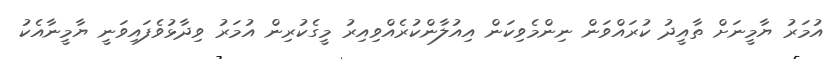
އުމަރު ޔާމީނަށް ތާއީދު ކުރައްވަން ނިންމެވިކަން އިއުލާންކުރެއްވިއިރު މީގެކުރިން އުމަރު ވިދާޅުވެފައިވަނީ ޔާމީނާއެކު